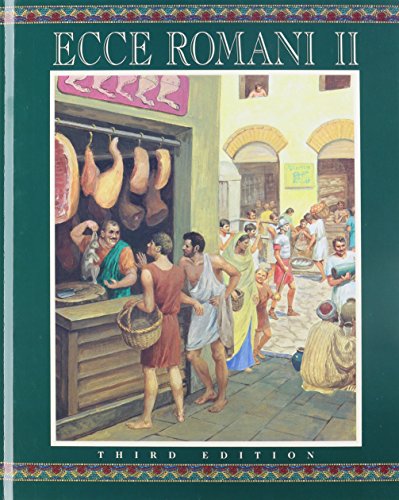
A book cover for Ecce Romani II; PRENTICE HALL; Teen & Young Adult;